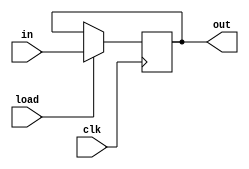
module register (
	input [7:0] in,
	input load, clk,
	output reg [7:0] out);

	always @(posedge clk) 
	begin
		if(load)
			out <= in;
	end
endmodule